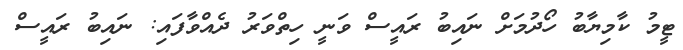
ޓީމު ކާމިޔާބު ހޯދުމަށް ނައިބު ރައީސް ވަނީ ހިތްވަރު ދެއްވާފައި: ނައިބު ރައީސް